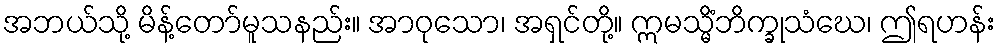
အဘယ်သို့ မိန့်တော်မူသနည်း။ အာဝုသော၊ အရှင်တို့။ ဣမသ္မိံဘိက္ခုသံဃေ၊ ဤရဟန်း